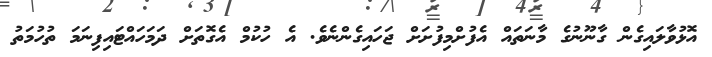
އޮޅުވާލައިގެން ގާނޫނުގެ މާނަތައް އެފުށްމިފުށަށް ޖަހައިގެންނެވެ. އެ ހުކުމް އެގޮތަށް ދަމަހައްޓައިފިނަމަ ތުހުމަތު